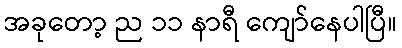
အခုတော့ ည ၁၁ နာရီ ကျော်နေပါပြီ။